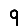
Digit: 9